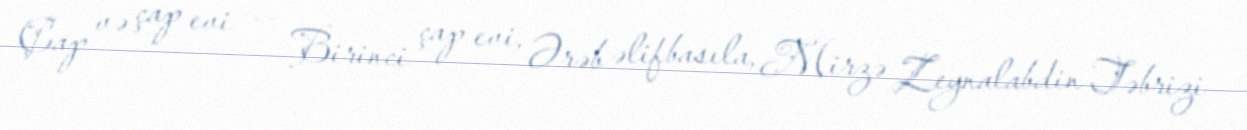
Çap və çap evi — Birinci çap evi, Ərəb əlifbasıla, Mirzə Zeynalabdin Təbrizi